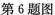
第6题图